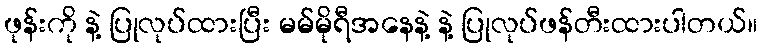
ဖုန်းကို နဲ့ ပြုလုပ်ထားပြီး မမ်မိုရီအနေနဲ့ နဲ့ ပြုလုပ်ဖန်တီးထားပါတယ်။